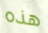
هذه